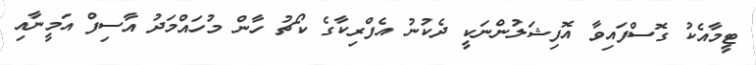
ޓީމާއެކު ގޮސްފައިވާ އޮފިޝަލުންނަކީ ދެކުނު އެފްރިކާގެ ކޯޗު ހާން މުހައްމަދު އާސިފް އަމީނާއި